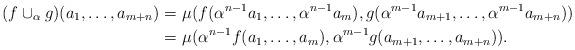
LaTeX: \begin{align*} (f \cup_\alpha g) (a_1, \ldots, a_{m+n}) =&~ \mu ( f (\alpha^{n-1} a_1, \ldots, \alpha^{n-1} a_m) , g (\alpha^{m-1} a_{m+1}, \ldots, \alpha^{m-1} a_{m+n}) ) \\ =&~ \mu ( \alpha^{n-1} f (a_1, \ldots, a_m), \alpha^{m-1} g (a_{m+1}, \ldots, a_{m+n})).\end{align*}